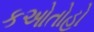
કઓતોહો